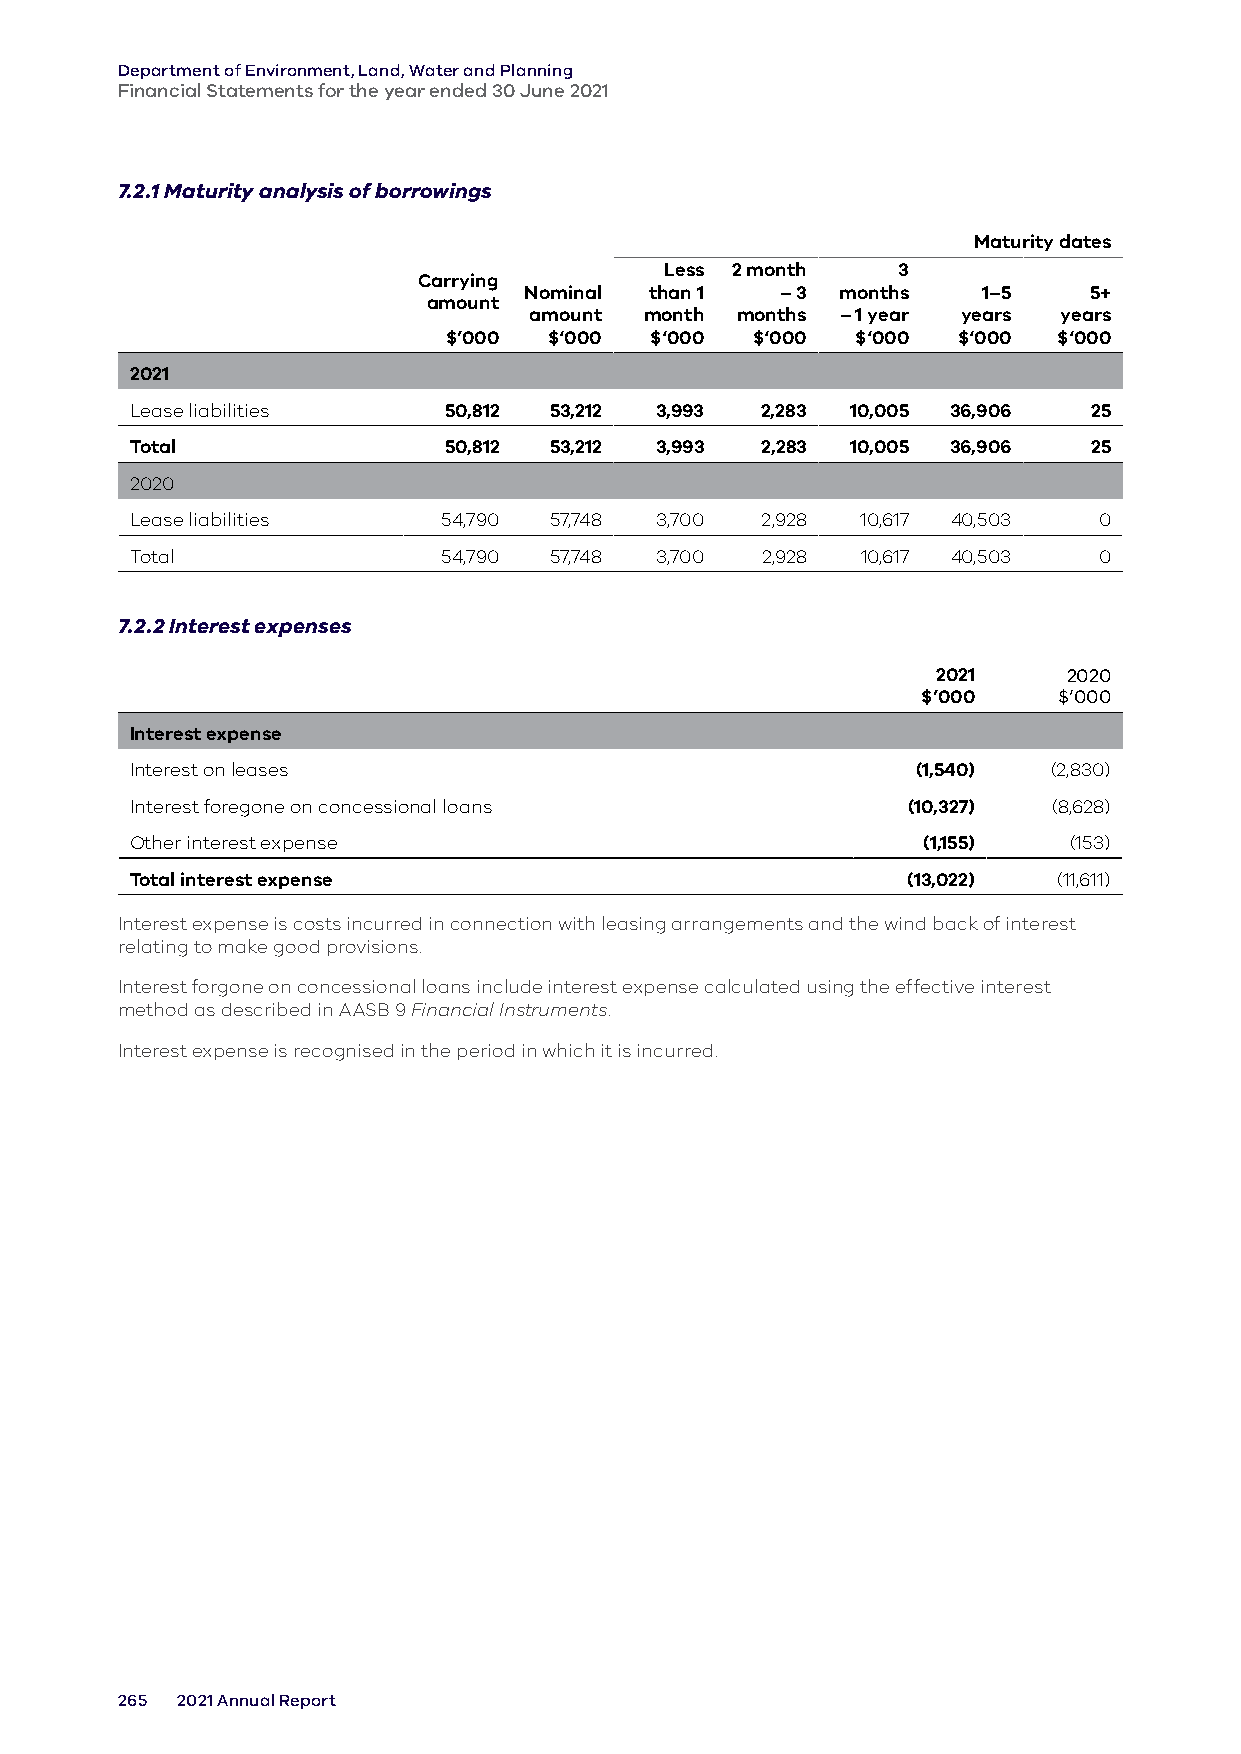
Department of Environment, Land, Water and Planning
 Financial Statements for the year ended 30 June 2021
 7.2.1 Maturity analysis of borrowings
 Maturity dates
 Less 2 month   3
 Carrying
 Nominal than 1   – 3 months   1–5    5+
 amount
 amount  month months – 1 year years years
 $’000  $‘000  $‘000  $‘000  $‘000 $‘000  $‘000
 2021
 Lease liabilities   50,812 53,212 3,993  2,283 10,005 36,906   25
 Total               50,812 53,212 3,993  2,283 10,005 36,906   25
 2020
 Lease liabilities   54,790 57,748 3,700  2,928  10,617 40,503   0
 Total               54,790 57,748 3,700  2,928  10,617 40,503   0
 7.2.2 Interest expenses
 2021     2020
 $’000    $’000
 Interest expense
 Interest on leases                                  (1,540)  (2,830)
 Interest foregone on concessional loans            (10,327)  (8,628)
 Other interest expense                              (1,155)   (153)
 Total interest expense                             (13,022)  (11,611)
 Interest expense is costs incurred in connection with leasing arrangements and the wind back of interest
 relating to make good provisions.
 Interest forgone on concessional loans include interest expense calculated using the effective interest
 method as described in AASB 9 Financial Instruments.
 Interest expense is recognised in the period in which it is incurred.
 265 2021 Annual Report